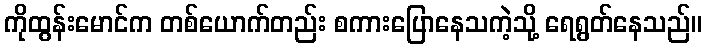
ကိုထွန်းမောင်က တစ်ယောက်တည်း စကားပြောနေသကဲ့သို့ ရေရွတ်နေသည်။